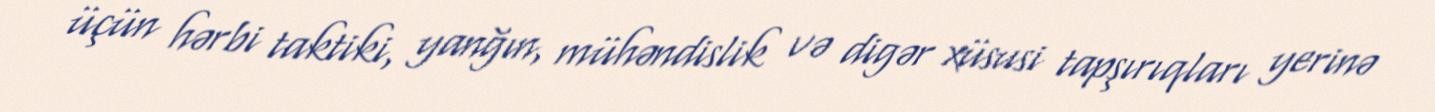
üçün hərbi taktiki, yanğın, mühəndislik və digər xüsusi tapşırıqları yerinə